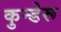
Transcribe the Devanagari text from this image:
कुन्डेरू